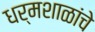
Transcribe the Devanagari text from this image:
धर्मशाळांचे